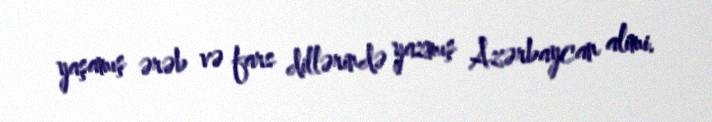
yaşamış ərəb və fars dillərində yazmış Azərbaycan alimi.